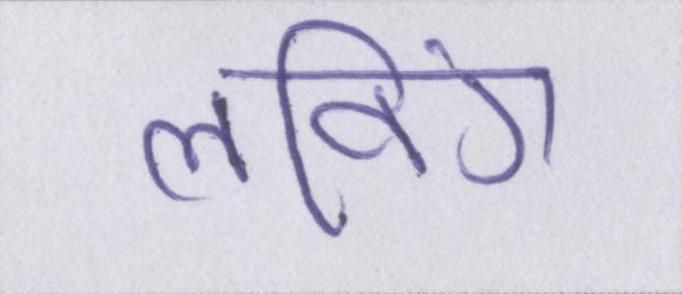
लविंग